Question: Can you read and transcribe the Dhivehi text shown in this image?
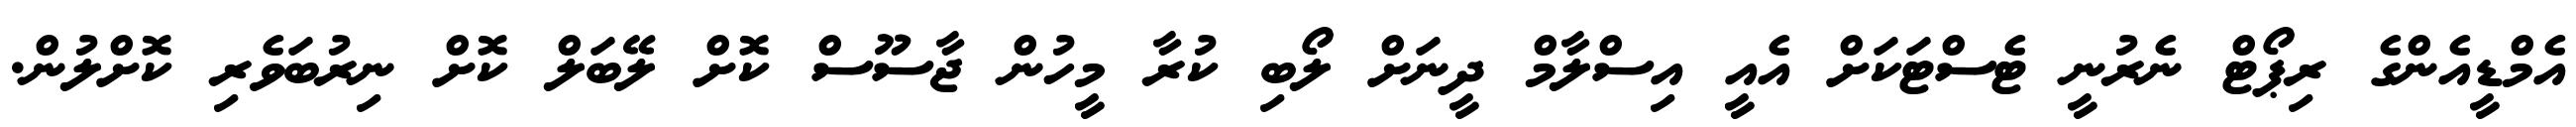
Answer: އެމްޑީއެންގެ ރިޕޯޓް ނެރުނީ ޓެސްޓަކަށް އެއީ އިސްލާމް ދީނަށް ލޯބި ކުރާ މީހުން ޖާސޫސް ކޮށް ލޭބަލް ކޮށް ނިރުބަވެރި ކޮށްލުން.